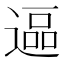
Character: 𮞷